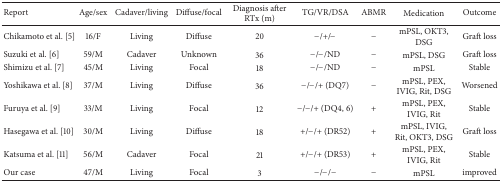
| Report | Age/sex | Cadaver/living | Diffuse/focal | Diagnosis after RTx (m) | TG/VR/DSA | ABMR | Medication | Outcome |
 | --- | --- | --- | --- | --- | --- | --- | --- | --- |
 | Chikamoto et al. [5] | 16/F | Living | Diffuse | 20 | −/+/− | − | mPSL, OKT3, DSG | Graft loss |
 | Suzuki et al. [6] | 59/M | Cadaver | Unknown | 36 | −/−/ND | − | mPSL, DSG | Graft loss |
 | Shimizu et al. [7] | 45/M | Living | Focal | 18 | −/−/ND | − | mPSL | Stable |
 | Yoshikawa et al. [8] | 37/M | Living | Diffuse | 36 | −/−/+ (DQ7) | − | mPSL, PEX, IVIG, Rit, DSG | Worsened |
 | Furuya et al. [9] | 33/M | Living | Focal | 12 | −/−/+ (DQ4, 6) | + | mPSL, PEX, IVIG, Rit | Stable |
 | Hasegawa et al. [10] | 30/M | Living | Diffuse | 18 | +/−/+ (DR52) | + | mPSL, IVIG, Rit, OKT3, DSG | Graft loss |
 | Katsuma et al. [11] | 56/M | Cadaver | Focal | 21 | +/−/+ (DR53) | + | mPSL, PEX, IVIG, Rit | Stable |
 | Our case | 47/M | Living | Focal | 3 | −/−/− | − | mPSL | improved |